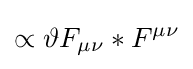
\propto \vartheta F_{\mu \nu }*F^{\mu \nu }